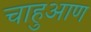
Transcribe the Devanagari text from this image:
चाहुआण